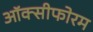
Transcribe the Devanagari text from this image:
ऑक्सीफोरम